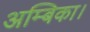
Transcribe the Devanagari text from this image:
अम्बिका।